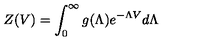
Z ( V ) = \int _ { 0 } ^ { \infty } g ( \Lambda ) e ^ { - \Lambda V } d \Lambda